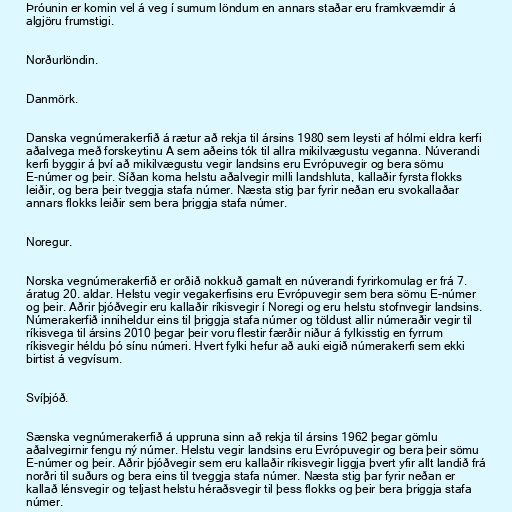
Þróunin er komin vel á veg í sumum löndum en annars staðar eru framkvæmdir á
algjöru frumstigi.

Norðurlöndin.

Danmörk.

Danska vegnúmerakerfið á rætur að rekja til ársins 1980 sem leysti af hólmi eldra kerfi
aðalvega með forskeytinu A sem aðeins tók til allra mikilvægustu veganna. Núverandi
kerfi byggir á því að mikilvægustu vegir landsins eru Evrópuvegir og bera sömu
E-númer og þeir. Síðan koma helstu aðalvegir milli landshluta, kallaðir fyrsta flokks
leiðir, og bera þeir tveggja stafa númer. Næsta stig þar fyrir neðan eru svokallaðar
annars flokks leiðir sem bera þriggja stafa númer.

Noregur.

Norska vegnúmerakerfið er orðið nokkuð gamalt en núverandi fyrirkomulag er frá 7.
áratug 20. aldar. Helstu vegir vegakerfisins eru Evrópuvegir sem bera sömu E-númer
og þeir. Aðrir þjóðvegir eru kallaðir ríkisvegir í Noregi og eru helstu stofnvegir landsins.
Númerakerfið inniheldur eins til þriggja stafa númer og töldust allir númeraðir vegir til
ríkisvega til ársins 2010 þegar þeir voru flestir færðir niður á fylkisstig en fyrrum
ríkisvegir héldu þó sínu númeri. Hvert fylki hefur að auki eigið númerakerfi sem ekki
birtist á vegvísum.

Svíþjóð.

Sænska vegnúmerakerfið á uppruna sinn að rekja til ársins 1962 þegar gömlu
aðalvegirnir fengu ný númer. Helstu vegir landsins eru Evrópuvegir og bera þeir sömu
E-númer og þeir. Aðrir þjóðvegir sem eru kallaðir ríkisvegir liggja þvert yfir allt landið frá
norðri til suðurs og bera eins til tveggja stafa númer. Næsta stig þar fyrir neðan er
kallað lénsvegir og teljast helstu héraðsvegir til þess flokks og þeir bera þriggja stafa
númer.